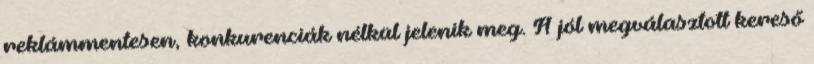
reklámmentesen, konkurenciák nélkül jelenik meg. A jól megválasztott kereső